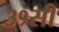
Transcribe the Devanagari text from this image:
३१सी